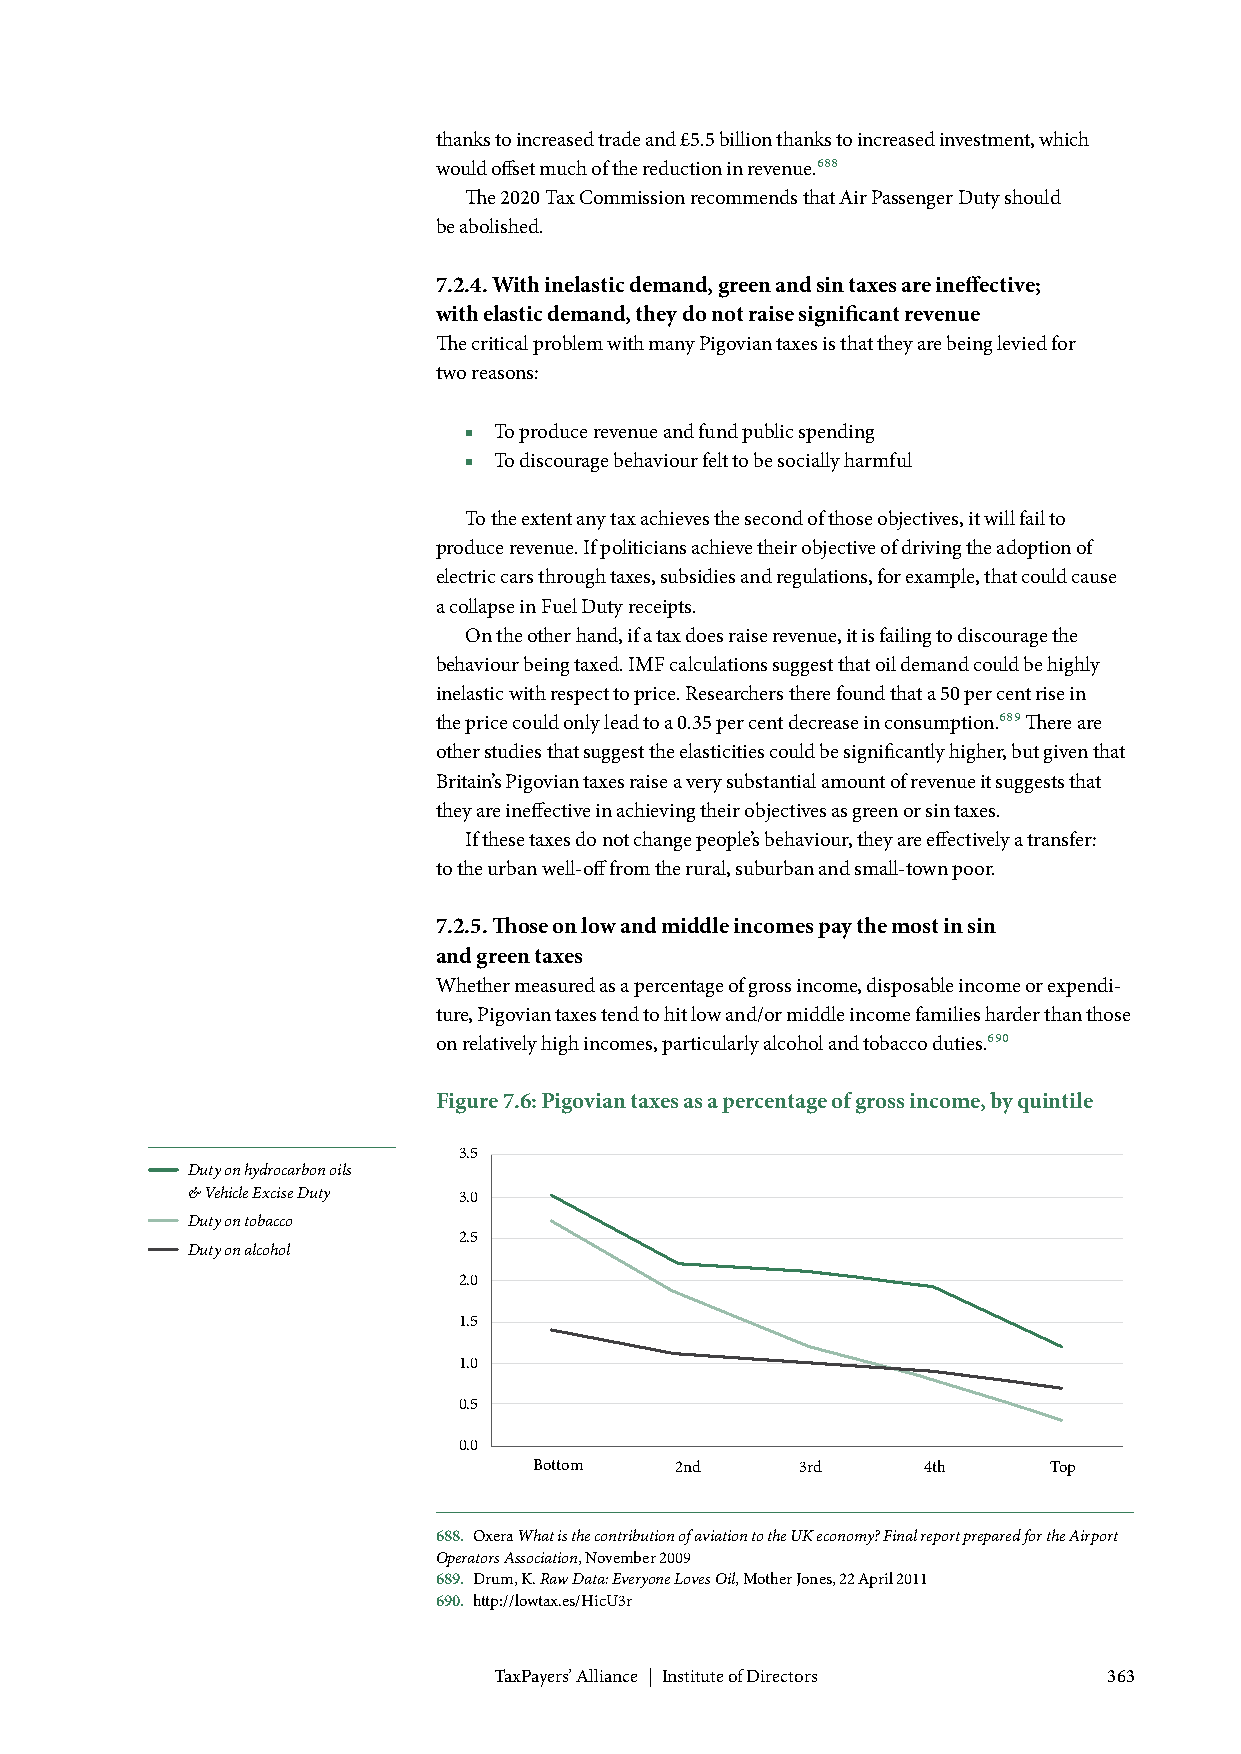
thanks to increased trade and £5.5 billion thanks to increased investment, which
 would offset much of the reduction in revenue.688
 The 2020 Tax Commission recommends that Air Passenger Duty should
 be abolished.
 7.2.4. With inelastic demand, green and sin taxes are ineffective;
 with elastic demand, they do not raise significant revenue
 The critical problem with many Pigovian taxes is that they are being levied for
 two reasons:
 ■ To produce revenue and fund public spending
 ■ To discourage behaviour felt to be socially harmful
 To the extent any tax achieves the second of those objectives, it will fail to
 produce revenue. If politicians achieve their objective of driving the adoption of
 electric cars through taxes, subsidies and regulations, for example, that could cause
 a collapse in Fuel Duty receipts.
 On the other hand, if a tax does raise revenue, it is failing to discourage the
 behaviour being taxed. IMF calculations suggest that oil demand could be highly
 inelastic with respect to price. Researchers there found that a 50 per cent rise in
 the price could only lead to a 0.35 per cent decrease in consumption.689 There are
 other studies that suggest the elasticities could be significantly higher, but given that
 Britain’s Pigovian taxes raise a very substantial amount of revenue it suggests that
 they are ineffective in achieving their objectives as green or sin taxes.
 If these taxes do not change people’s behaviour, they are effectively a transfer:
 to the urban well-off from the rural, suburban and small-town poor.
 7.2.5. Those on low and middle incomes pay the most in sin
 and green taxes
 Whether measured as a percentage of gross income, disposable income or expendi-
 ture, Pigovian taxes tend to hit low and/or middle income families harder than those
 on relatively high incomes, particularly alcohol and tobacco duties.690
 Figure 7.6: Pigovian taxes as a percentage of gross income, by quintile
 3.5
 Duty on hydrocarbon oils
 & Vehicle Excise Duty 3.0
 Duty on tobacco
 2.5
 Duty on alcohol
 2.0
 1.5
 1.0
 0.5
 0.0
 Bottom    2nd     3rd     4th     Top
 688. Oxera What is the contribution of aviation to the UK economy? Final report prepared for the Airport
 Operators Association, November 2009
 689. Drum, K. Raw Data: Everyone Loves Oil, Mother Jones, 22 April 2011
 690. http://lowtax.es/HicU3r
 TaxPayers’ Alliance | Institute of Directors 363